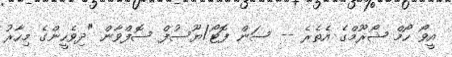
އީވޯ ހޯމް ޝޯރޫމްގެ އެތެރެ -- ސަން ފޮޓޯ/ޔޫސުފް ސޮފްވާން "ދިވެހީންގެ މިހާރު